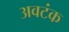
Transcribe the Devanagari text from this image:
अवटंक